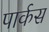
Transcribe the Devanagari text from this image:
पार्कस